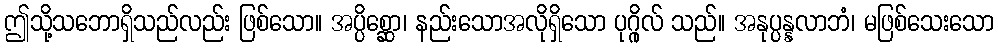
ဤသို့သဘောရှိသည်လည်း ဖြစ်သော။ အပ္ပိစ္ဆော၊ နည်းသောအလိုရှိသော ပုဂ္ဂိုလ် သည်။ အနုပ္ပန္နလာဘံ၊ မဖြစ်သေးသော